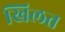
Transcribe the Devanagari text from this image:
खिलत